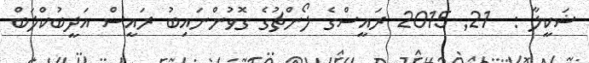
ޝަކީލާ :  21